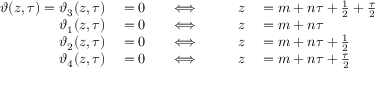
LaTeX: \begin{array} { r l r l r l } { \vartheta ( z , \tau ) = \vartheta _ { 3 } ( z , \tau ) } & { { } = 0 \quad } & { \Longleftrightarrow } & { { } } & { \quad z } & { { } = m + n \tau + { \frac { 1 } { 2 } } + { \frac { \tau } { 2 } } } \\ { \vartheta _ { 1 } ( z , \tau ) } & { { } = 0 \quad } & { \Longleftrightarrow } & { { } } & { \quad z } & { { } = m + n \tau } \\ { \vartheta _ { 2 } ( z , \tau ) } & { { } = 0 \quad } & { \Longleftrightarrow } & { { } } & { \quad z } & { { } = m + n \tau + { \frac { 1 } { 2 } } } \\ { \vartheta _ { 4 } ( z , \tau ) } & { { } = 0 \quad } & { \Longleftrightarrow } & { { } } & { \quad z } & { { } = m + n \tau + { \frac { \tau } { 2 } } } \end{array}